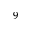
^ { 9 }